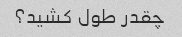
چقدر طول کشید؟